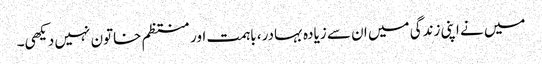
میں نے اپنی زندگی میں ان سے زیادہ بہادر، باہمت اور منتظم خاتون نہیں دیکھی۔